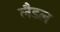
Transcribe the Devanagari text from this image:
लैडल